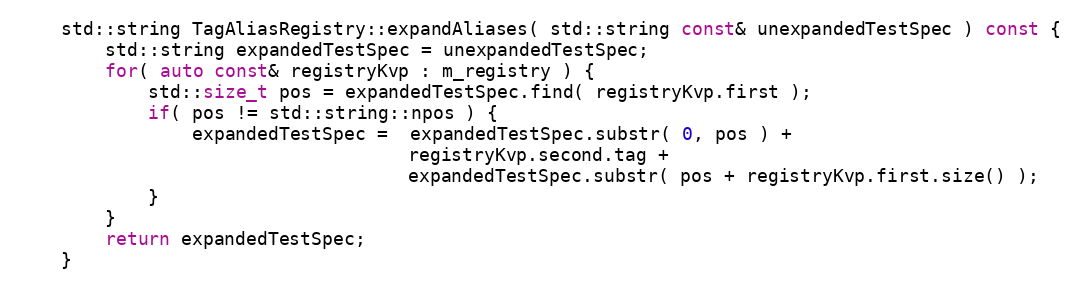
Language: C++
    std::string TagAliasRegistry::expandAliases( std::string const& unexpandedTestSpec ) const {
        std::string expandedTestSpec = unexpandedTestSpec;
        for( auto const& registryKvp : m_registry ) {
            std::size_t pos = expandedTestSpec.find( registryKvp.first );
            if( pos != std::string::npos ) {
                expandedTestSpec =  expandedTestSpec.substr( 0, pos ) +
                                    registryKvp.second.tag +
                                    expandedTestSpec.substr( pos + registryKvp.first.size() );
            }
        }
        return expandedTestSpec;
    }